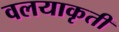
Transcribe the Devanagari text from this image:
वलयाकृती